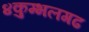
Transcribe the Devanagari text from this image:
४कुम्भलगढ